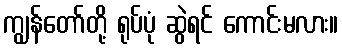
ကျွန်တော်တို့ ရုပ်ပုံ ဆွဲရင် ကောင်းမလား။